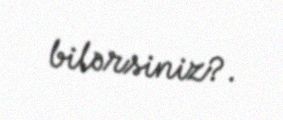
bilərsiniz?.